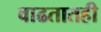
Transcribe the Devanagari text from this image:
वाढतातही